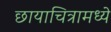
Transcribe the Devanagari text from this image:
छायाचित्रामध्ये